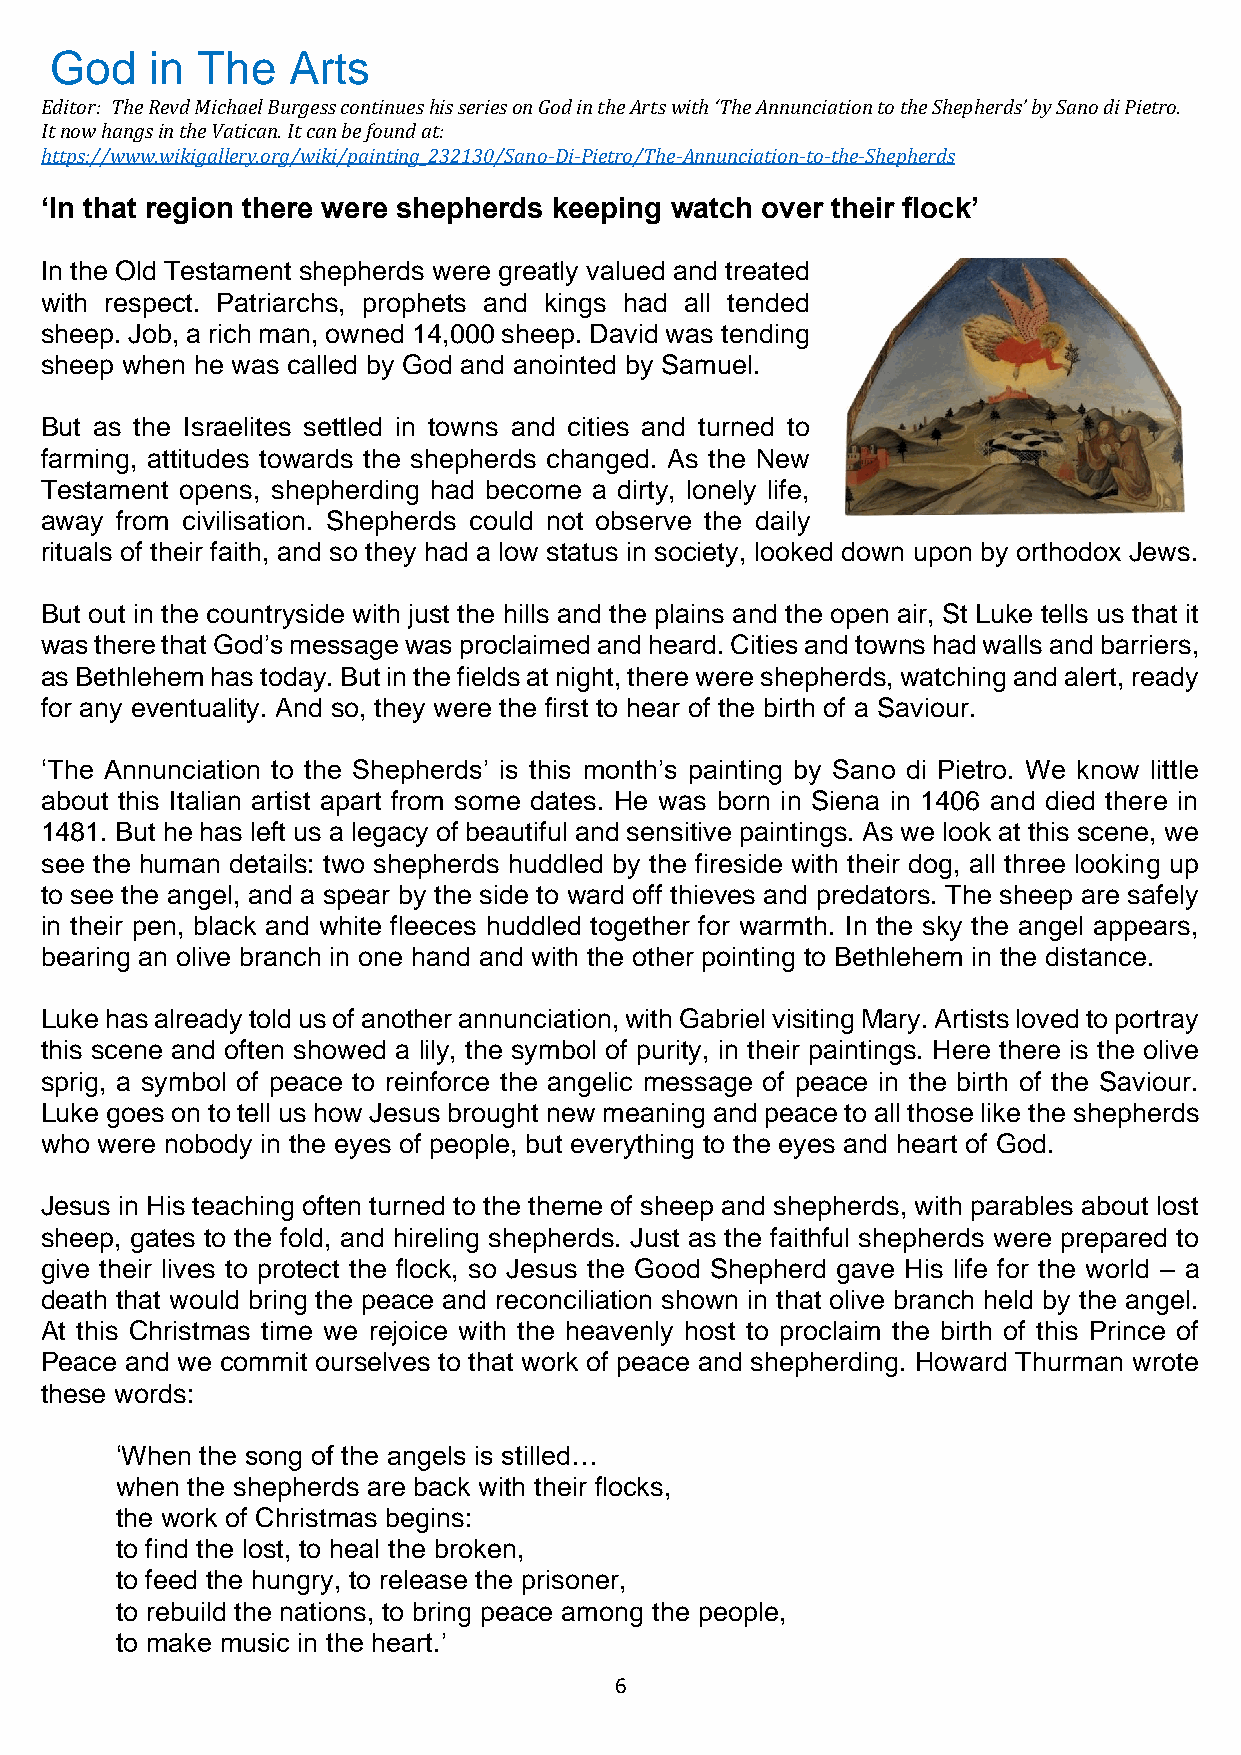
God    in The   Arts
 Editor: The Revd Michael Burgess continues his series on God in the Arts with ‘The Annunciation to the Shepherds’ by Sano di Pietro.
 It now hangs in the Vatican. It can be found at:
 https://www.wikigallery.org/wiki/painting_232130/Sano-Di-Pietro/The-Annunciation-to-the-Shepherds
 ‘In that region there were shepherds keeping watch over their flock’
 In the Old Testament shepherds were greatly valued and treated
 with respect. Patriarchs, prophets and kings had all tended
 sheep. Job, a rich man, owned 14,000 sheep. David was tending
 sheep when he was called by God and anointed by Samuel.
 But as the Israelites settled in towns and cities and turned to
 farming, attitudes towards the shepherds changed. As the New
 Testament opens, shepherding had become a dirty, lonely life,
 away from civilisation. Shepherds could not observe the daily
 rituals of their faith, and so they had a low status in society, looked down upon by orthodox Jews.
 But out in the countryside with just the hills and the plains and the open air, St Luke tells us that it
 was there that God’s message was proclaimed and heard. Cities and towns had walls and barriers,
 as Bethlehem has today. But in the fields at night, there were shepherds, watching and alert, ready
 for any eventuality. And so, they were the first to hear of the birth of a Saviour.
 ‘The Annunciation to the Shepherds’ is this month’s painting by Sano di Pietro. We know little
 about this Italian artist apart from some dates. He was born in Siena in 1406 and died there in
 1481. But he has left us a legacy of beautiful and sensitive paintings. As we look at this scene, we
 see the human details: two shepherds huddled by the fireside with their dog, all three looking up
 to see the angel, and a spear by the side to ward off thieves and predators. The sheep are safely
 in their pen, black and white fleeces huddled together for warmth. In the sky the angel appears,
 bearing an olive branch in one hand and with the other pointing to Bethlehem in the distance.
 Luke has already told us of another annunciation, with Gabriel visiting Mary. Artists loved to portray
 this scene and often showed a lily, the symbol of purity, in their paintings. Here there is the olive
 sprig, a symbol of peace to reinforce the angelic message of peace in the birth of the Saviour.
 Luke goes on to tell us how Jesus brought new meaning and peace to all those like the shepherds
 who were nobody in the eyes of people, but everything to the eyes and heart of God.
 Jesus in His teaching often turned to the theme of sheep and shepherds, with parables about lost
 sheep, gates to the fold, and hireling shepherds. Just as the faithful shepherds were prepared to
 give their lives to protect the flock, so Jesus the Good Shepherd gave His life for the world – a
 death that would bring the peace and reconciliation shown in that olive branch held by the angel.
 At this Christmas time we rejoice with the heavenly host to proclaim the birth of this Prince of
 Peace and we commit ourselves to that work of peace and shepherding. Howard Thurman wrote
 these words:
 ‘When the song of the angels is stilled…
 when the shepherds are back with their flocks,
 the work of Christmas begins:
 to find the lost, to heal the broken,
 to feed the hungry, to release the prisoner,
 to rebuild the nations, to bring peace among the people,
 to make music in the heart.’
 6